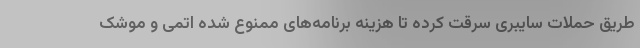
طریق حملات سایبری سرقت کرده تا هزینه برنامه‌های ممنوع شده اتمی و موشک